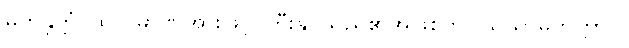
မဟန္တတ္တံ၊ ထို ပမာဏအားဖြင့် ကြီးနိုင်သည်၏အဖြစ်ကို။ သသာမိတတ္တာဝ၊